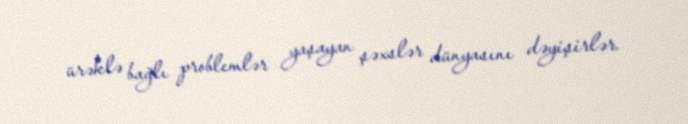
ürəklə bağlı problemlər yaşayan şəxslər dünyasını dəyişirlər.